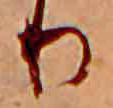
り